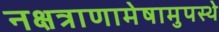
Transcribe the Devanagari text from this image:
नक्षत्राणामेषामुपस्थे